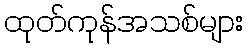
ထုတ်ကုန်အသစ်များ